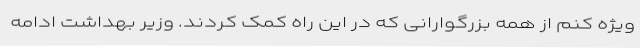
ویژه کنم از همه بزرگوارانی که در این راه کمک کردند. وزیر بهداشت ادامه